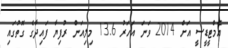
އެމްޓީޑީސީ އަށް 2014 ވަނަ އަހަރު 13.6 މިލިއަން ރުފިޔާ ފައިދާގެ ގޮތުގައި